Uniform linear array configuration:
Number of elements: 16
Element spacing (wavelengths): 0.5
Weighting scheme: cosine
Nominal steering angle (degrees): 15
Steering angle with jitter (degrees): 14.417
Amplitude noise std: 0.05
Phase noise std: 0.05

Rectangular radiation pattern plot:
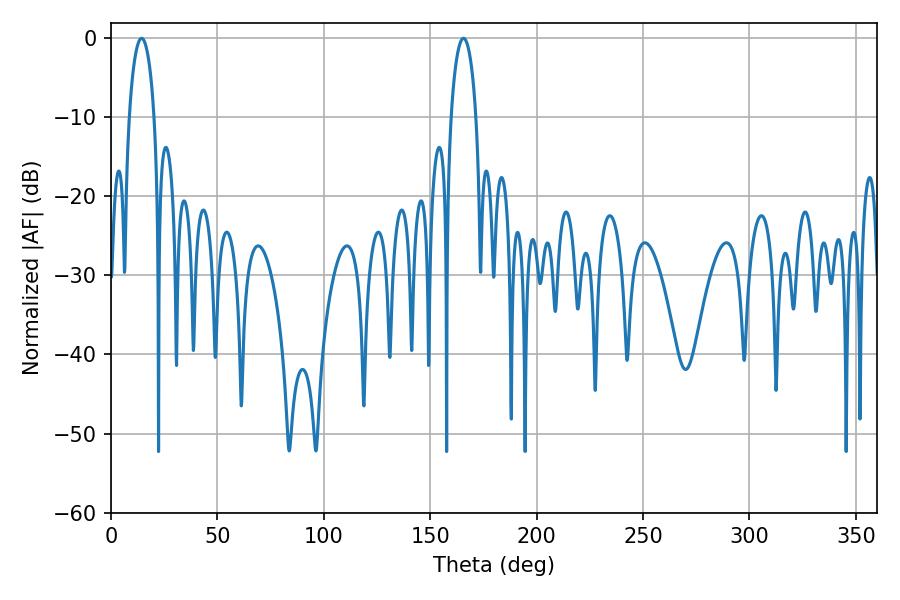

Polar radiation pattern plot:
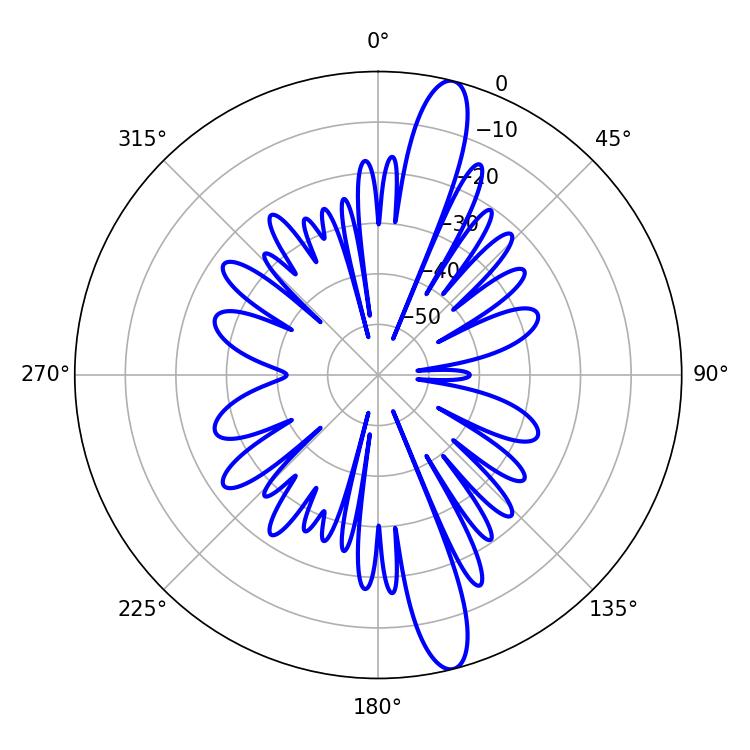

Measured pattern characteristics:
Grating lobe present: FALSE
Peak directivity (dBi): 15.002
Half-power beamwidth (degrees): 6.84
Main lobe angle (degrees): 14.4